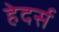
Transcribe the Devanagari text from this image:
हेदर्स